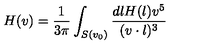
H ( v ) = { \frac { 1 } { 3 \pi } } \int _ { S ( v _ { 0 } ) } { \frac { d l H ( l ) v ^ { 5 } } { ( v \cdot l ) ^ { 3 } } }